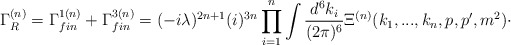
\begin{align*}\Gamma _{R}^{(n)}=\Gamma _{fin}^{1(n)}+\Gamma _{fin}^{3(n)}=(-i\lambda)^{2n+1}(i)^{3n}\prod_{i=1}^{n}\int \frac{d^{6}k_{i}}{(2\pi )^{6}}\Xi^{(n)}(k_{1},...,k_{n},p,p^{\prime },m^{2})\cdot\end{align*}